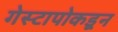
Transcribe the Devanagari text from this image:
गेस्टापोकडून